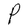
Character: P